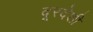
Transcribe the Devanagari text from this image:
दूरदेशीं